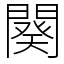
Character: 闋